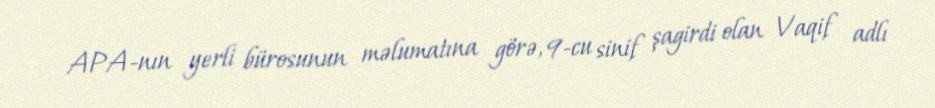
APA-nın yerli bürosunun məlumatına görə, 9-cu sinif şagirdi olan Vaqif adlı